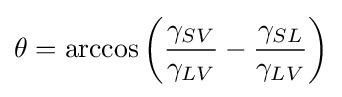
\theta =\arccos \left({\frac {\gamma _{SV}}{\gamma _{LV}}}-{\frac {\gamma _{SL}}{\gamma _{LV}}}\right)